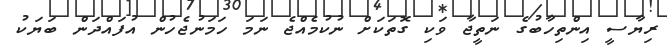
ރިޔާސީ އިންތިހާބުގެ ނަތީޖާ ވަކި ގޮތަކަށް ނުކުމެއްޖެ ނަމަ ހަމަނުޖެހުން އުފައްދަން ބަޔަކު